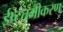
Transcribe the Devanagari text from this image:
ईष्टतमीकरण